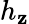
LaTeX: h_{\mathbf{z}}